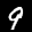
Label: 9